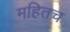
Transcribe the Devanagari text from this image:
महितच